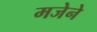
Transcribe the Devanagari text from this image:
मजेने